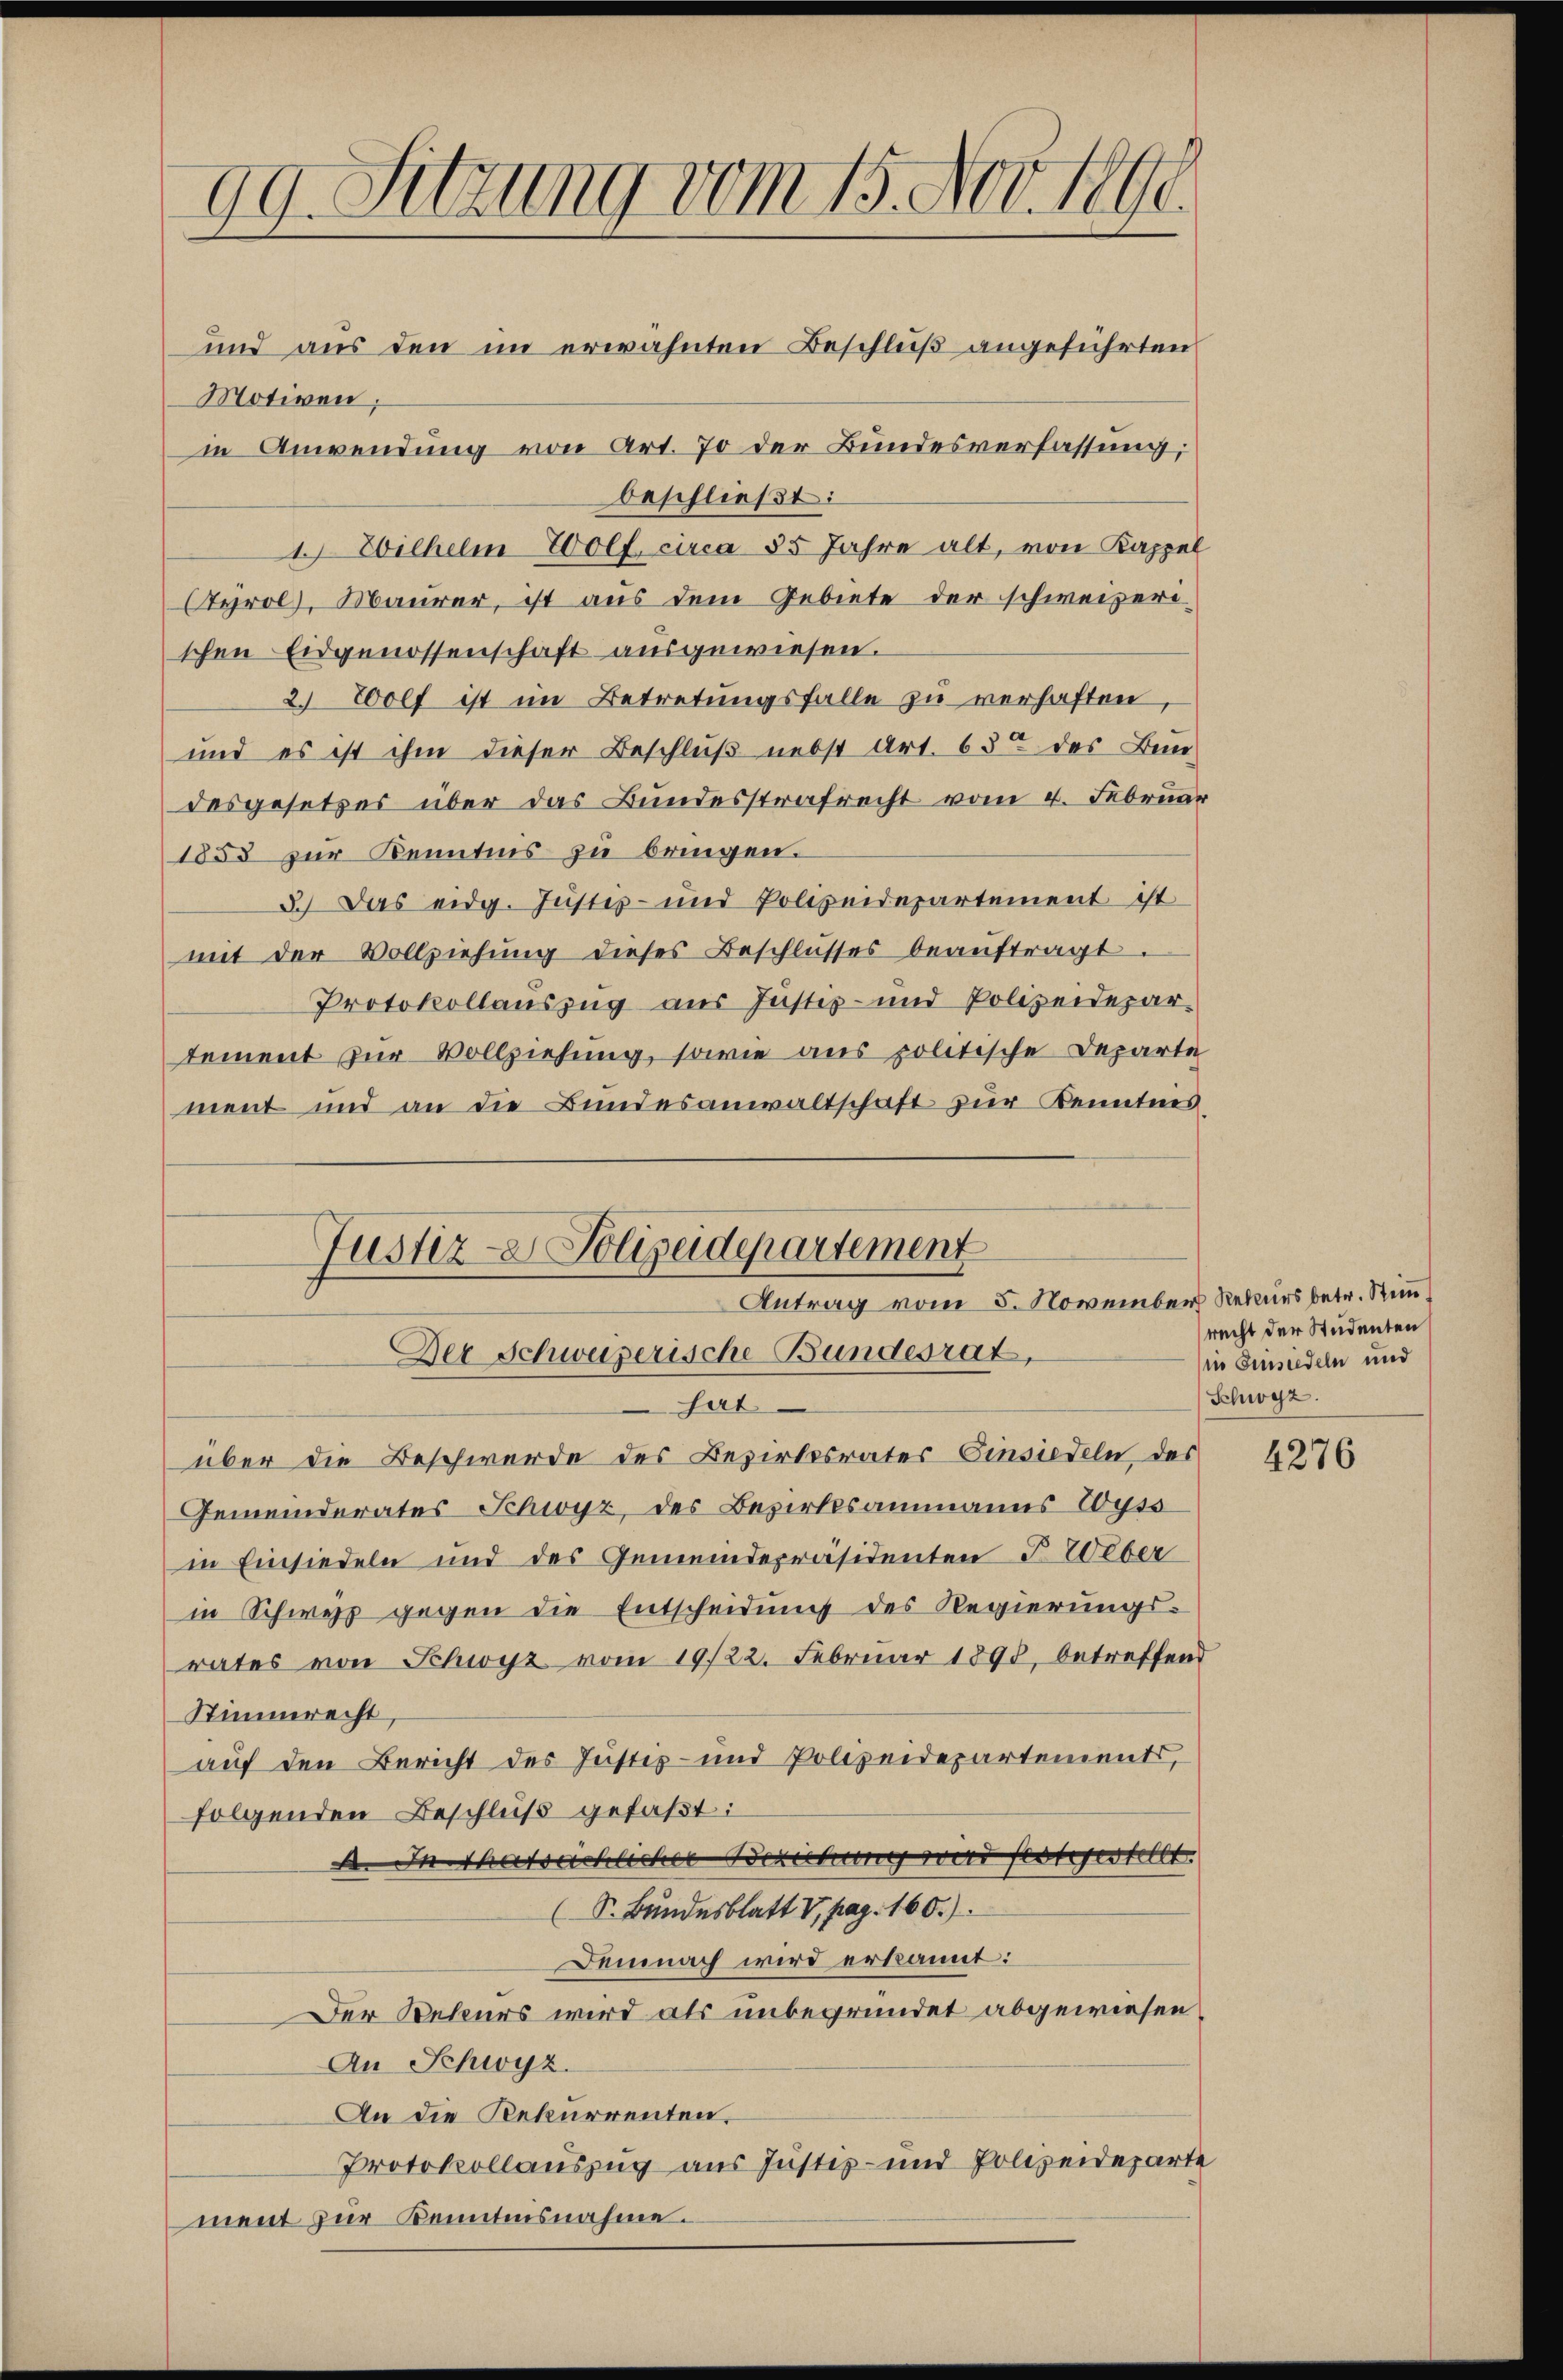
99. Sitzung vom 15. Nov. 1890.
und aus den im erwähnten Beschluß angeführten

Motiven,
in Anwendung von Art. 70 der Bundesverfassung;
beschließt:
1. Wilhelm Wolf circa 35 Jahre alt, von Kappel
Tyrol, Maurer, ist aus dem Gebiete der schweizerischen Eidgenossenschaft ausgewiesen.
2. Wolf ist im Betretungsfalle zu verhaften
und es ist ihm dieser Beschluß nebst Art. 63 des Bun-
desgesetzes über das Bundesstrafrecht vom 4. Februar
1853 zur Kenntnis zu bringen.
3.) Das eidg. Justiz- und Polizeidepartement ist
mit der Vollziehŭng dieses Beschlŭsses beaŭftragt.
Protokollauszug aus Justiz- und Polizeidepartement zur Vollziehung, sowie aus politische Departe
ment und an die Bundesanwaltschaft zur Kenntnies

Justiz-Polizeidepartement
Antrag vom 5. Novembe
Der Schweizerische Bundesrat,

hat.
über die Beschwerde des Bezirksrates Einsiedeln des
Gemeinderates Schwyz, des Bezirksammanns Wyss
in Einsiedeln und des Gemeindepräsidenten & Ueber
in Schweiz gegen die Entscheidung des Regierungs-
rates von Schwyz vom 19/22. Februar 1895, betreffend
Stimmrecht,
auf den Bericht des Justiz- und Polizeidepartements,
folgenden Beschluß gefaßt:
1. In Thatsächlicher Berechung wird festgestellt.
(S. Bundesblatt V, pag. 160.)
Demnach wird erkannt:
Der Rekurs wird als unbegründet abgewiesen,
An Schwyz.
An die Rekurrenten.
Protokollauszug aus Justiz- und Polizeideparte
ment zur Kenntnisnahme.

ich Rekurs betr. Stein
recht der Studenten
in Einsiedeln und
Schwyz.

4276